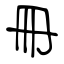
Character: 冊